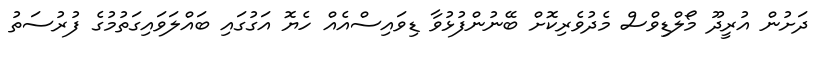
ދަށުން އުރީދޫ މޯލްޑިވްސް މެދުވެރިކޮށް ބޭނުންފުޅުވާ ޑިވައިސްއެއް ހެޔޮ އަގުގައި ބައްލަވައިގަތުމުގެ ފުރުސަތު